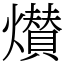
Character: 㸇